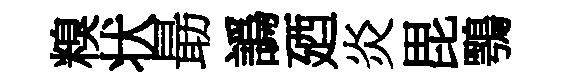
糗状朂譌廼炎毘鶚